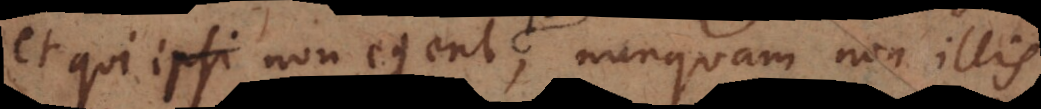
et qui non egent ipsi, nunquam non illis